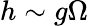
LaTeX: h\sim g\Omega